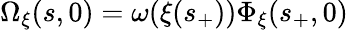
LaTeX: \Omega_{\xi}(s,0)=\omega(\xi(s_{+}))\Phi_{\xi}(s_{+},0)